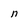
Character: n